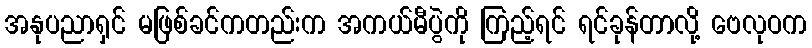
အနုပညာရှင် မဖြစ်ခင်ကတည်းက အကယ်မီပွဲကို ကြည့်ရင် ရင်ခုန်တာလို့ ဗေလုဝက